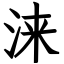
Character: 涞